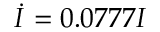
\dot { I } = 0 . 0 7 7 7 I